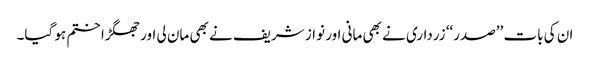
ان کی بات ’’صدر‘‘ زرداری نے بھی مانی اور نواز شریف نے بھی مان لی اور جھگڑا ختم ہو گیا۔